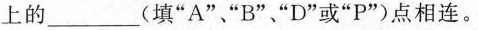
上的___(填“A”、“B”、“D”或“P” )点相连。